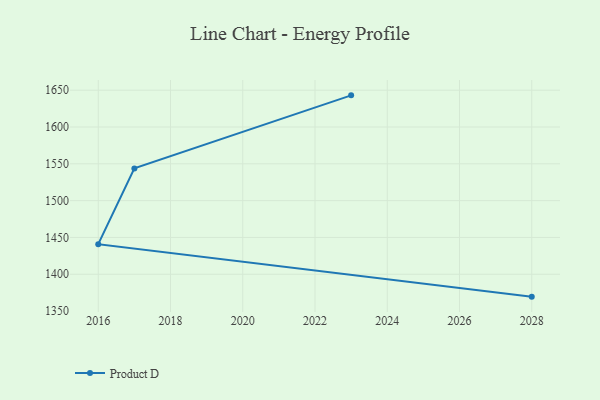
{"axis": {"x": "Year", "y": "Population (Million)"}, "legend": ["Product D"], "data": [{"x": "2028", "y": 1369.6, "type": "Product D"}, {"x": "2016", "y": 1440.9, "type": "Product D"}, {"x": "2017", "y": 1543.8, "type": "Product D"}, {"x": "2023", "y": 1643.0, "type": "Product D"}]}